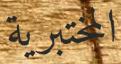
المختبریة